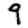
Digit: 9